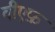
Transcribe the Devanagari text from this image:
वीएफ़